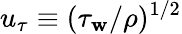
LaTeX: u_{\tau}\equiv(\tau_{\mathbf{w}}/\rho)^{1/2}